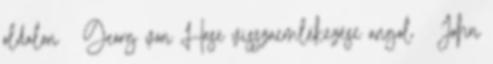
oldalon ↑ Georg von Hase visszaemlékezése angol ↑ John